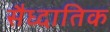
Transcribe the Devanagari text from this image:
सैध्दातिक